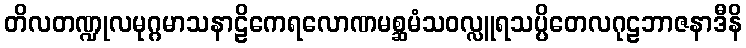
တိလတဏ္ဍုလမုဂ္ဂမာသနာဠိကေရလောဏမစ္ဆမံသဝလ္လူရသပ္ပိတေလဂုဠဘာဇနာဒီနိ